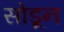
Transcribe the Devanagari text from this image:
सोडूून